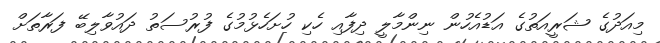
މިއަދުގެ ޝަރީއަތުގެ އަޑުއެހުން ނިންމާލީ ދިފާއި ހެކި ހުށަހެޅުމުގެ ފުރުސަތު ދައުވާލިބޭ ފަރާތަށް